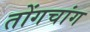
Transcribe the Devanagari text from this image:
तोंगचांग